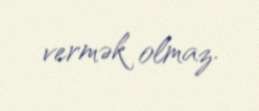
vermək olmaz.